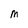
Character: m